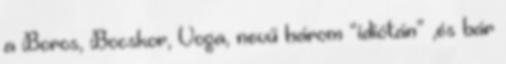
a Boros, Bocskor, Voga, nevű három “idiótán” ,és bár